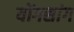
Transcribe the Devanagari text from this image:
योंगसांग